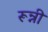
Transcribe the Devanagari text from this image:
रून्नी